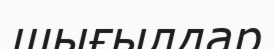
шығылдар